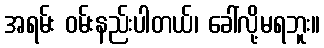
အရမ်း ဝမ်းနည်းပါတယ်၊ ခေါ်လို့မရဘူး။